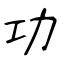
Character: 功